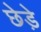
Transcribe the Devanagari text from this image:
छेडे़